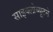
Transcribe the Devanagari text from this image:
साइक्लोब्यूटने